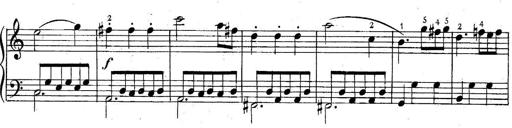
Title: 6 Easy Sonatinas
Composer: Carl Czerny